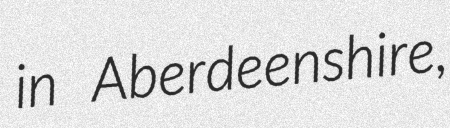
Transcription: in Aberdeenshire,